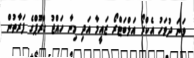
ވަނަ ދުވަހު އެކްރޯ އަލްބަޓްރޯ ޒައީމާ އަދި މިނާ ހައްޖު ގްރޫޕްގެ ފަރާތުން